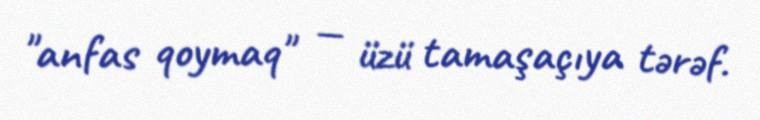
"anfas qoymaq" — üzü tamaşaçıya tərəf.